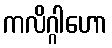
ကလိဂ္ဂါဟော